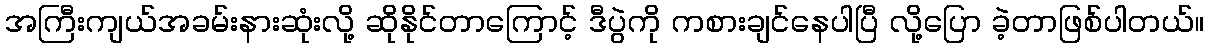
အကြီးကျယ်အခမ်းနားဆုံးလို့ ဆိုနိုင်တာကြောင့် ဒီပွဲကို ကစားချင်နေပါပြီ လို့ပြော ခဲ့တာဖြစ်ပါတယ်။